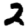
Digit: 2